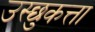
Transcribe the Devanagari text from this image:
उस्छुकत्ता